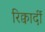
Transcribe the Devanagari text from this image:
रिक्वार्दी